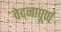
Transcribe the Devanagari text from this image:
वेदनापूर्ण